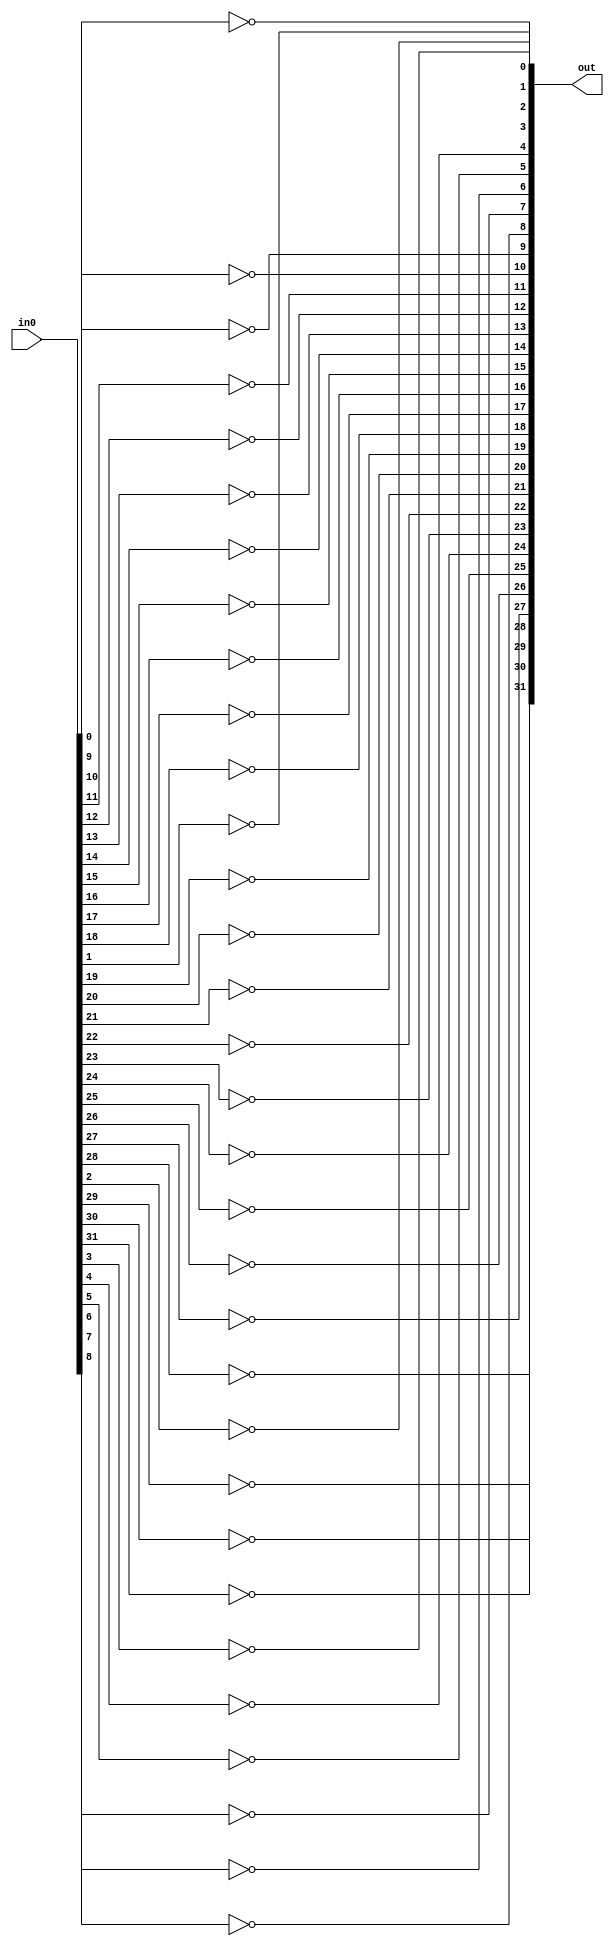
module alu_not(in0, out);
	
	input [31:0] in0;
	output [31:0] out;
	
	not not_0(out[0], in0[0]);
	not not_1(out[1], in0[1]);
	not not_2(out[2], in0[2]);
	not not_3(out[3], in0[3]);
	not not_4(out[4], in0[4]);
	not not_5(out[5], in0[5]);
	not not_6(out[6], in0[6]);
	not not_7(out[7], in0[7]);
	not not_8(out[8], in0[8]);
	not not_9(out[9], in0[9]);
	not not_10(out[10], in0[10]);
	not not_11(out[11], in0[11]);
	not not_12(out[12], in0[12]);
	not not_13(out[13], in0[13]);
	not not_14(out[14], in0[14]);
	not not_15(out[15], in0[15]);
	not not_16(out[16], in0[16]);
	not not_17(out[17], in0[17]);
	not not_18(out[18], in0[18]);
	not not_19(out[19], in0[19]);
	not not_20(out[20], in0[20]);
	not not_21(out[21], in0[21]);
	not not_22(out[22], in0[22]);
	not not_23(out[23], in0[23]);
	not not_24(out[24], in0[24]);
	not not_25(out[25], in0[25]);
	not not_26(out[26], in0[26]);
	not not_27(out[27], in0[27]);
	not not_28(out[28], in0[28]);
	not not_29(out[29], in0[29]);
	not not_30(out[30], in0[30]);
	not not_31(out[31], in0[31]);

	
endmodule